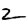
Digit: 2